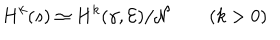
H ^ { k } ( s ) \simeq H ^ { k } ( \gamma , { \cal E } ) / { \cal N } \qquad ( k > 0 )